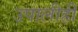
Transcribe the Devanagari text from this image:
उपालीही